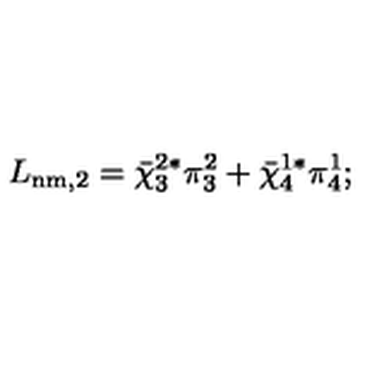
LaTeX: L _ { \mathrm { n m , 2 } } = { \bar { \chi } } _ { 3 } ^ { 2 * } \pi _ { 3 } ^ { 2 } + { \bar { \chi } } _ { 4 } ^ { 1 * } \pi _ { 4 } ^ { 1 } ;